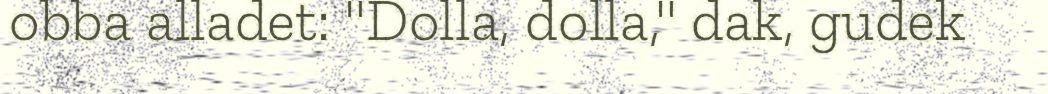
obba alladet: "Dolla, dolla," dak, gudek